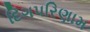
દિગપરિણામ